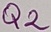
Text: Q2